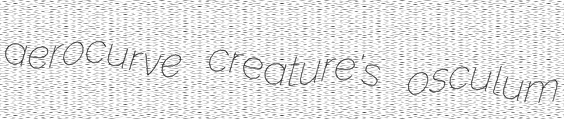
aerocurve creature's osculum